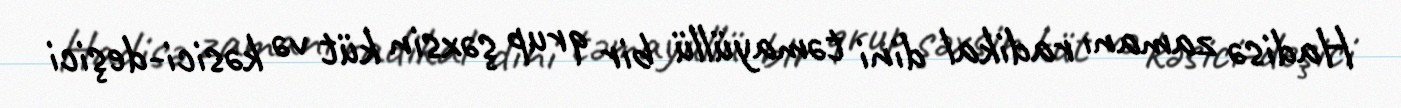
Hadisə zamanı radikal dini təmayüllü bir qrup şəxsin küt və kəsici-deşici